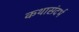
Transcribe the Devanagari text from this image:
कथासंदर्भ